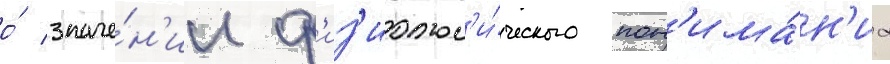
о́ значе́н'ии ф'из'иолог'и́ческого пон'има́н'иа